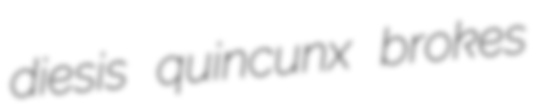
diesis quincunx brokes